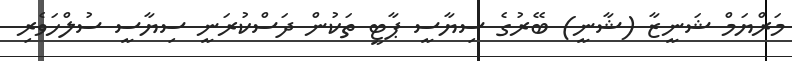
މަރްޔަމް ޝަނީޒާ (ޝާނީ) ބޭރުގެ ސިޔާސީ ޕާޓީ ތަކުން ދަސްކުރަނީ ސިޔާސީ ސުލްހަވެރި